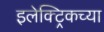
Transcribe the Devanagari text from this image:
इलेक्ट्रिकच्या